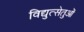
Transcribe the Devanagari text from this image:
विद्युत्सेतुओं